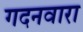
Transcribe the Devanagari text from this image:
गदनवारा